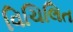
વિચિલિત